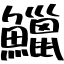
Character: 鱲